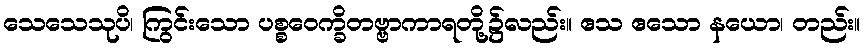
သေသေသုပိ၊ ကြွင်းသော ပစ္စဝေက္ခိတဗ္ဗာကာရတို့၌လည်း။ ဧသ ဧသော နယော၊ တည်း။